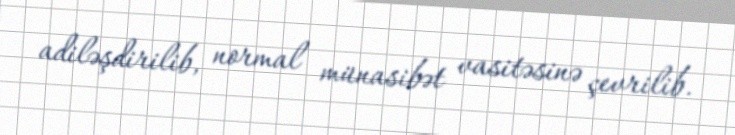
adiləşdirilib, normal münasibət vasitəsinə çevrilib.